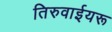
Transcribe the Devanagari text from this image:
तिरुवाईयरू